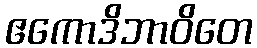
ဧကောဒိဘာဝိတေ